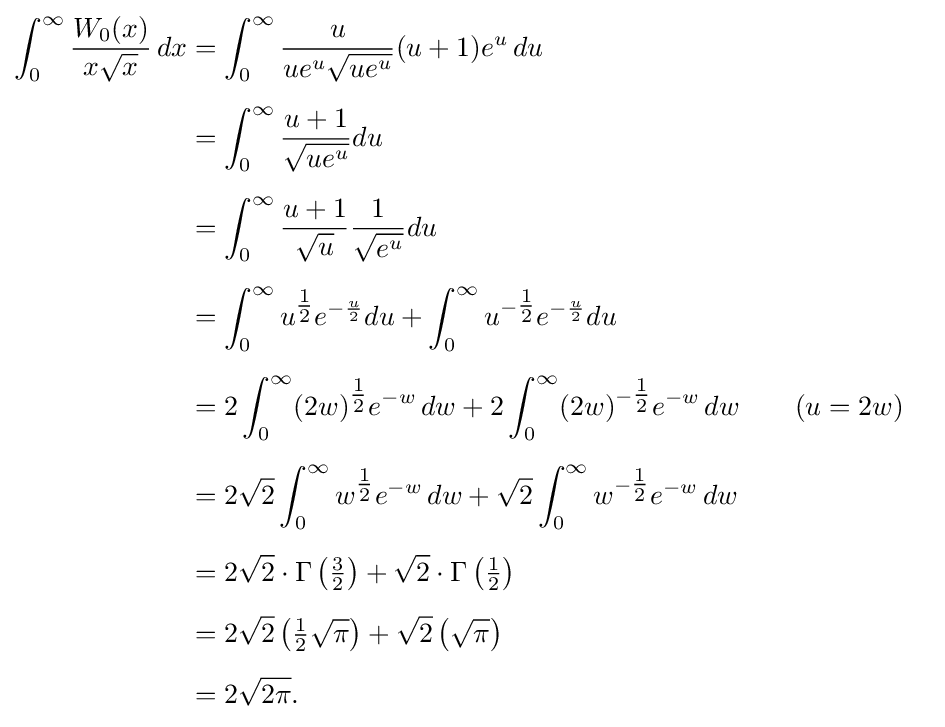
{\begin{aligned}\int _{0}^{\infty }{\frac {W_{0}(x)}{x{\sqrt {x}}}}\,dx&=\int _{0}^{\infty }{\frac {u}{ue^{u}{\sqrt {ue^{u}}}}}(u+1)e^{u}\,du\\[5pt]&=\int _{0}^{\infty }{\frac {u+1}{\sqrt {ue^{u}}}}du\\[5pt]&=\int _{0}^{\infty }{\frac {u+1}{\sqrt {u}}}{\frac {1}{\sqrt {e^{u}}}}du\\[5pt]&=\int _{0}^{\infty }u^{\tfrac {1}{2}}e^{-{\frac {u}{2}}}du+\int _{0}^{\infty }u^{-{\tfrac {1}{2}}}e^{-{\frac {u}{2}}}du\\[5pt]&=2\int _{0}^{\infty }(2w)^{\tfrac {1}{2}}e^{-w}\,dw+2\int _{0}^{\infty }(2w)^{-{\tfrac {1}{2}}}e^{-w}\,dw&&\quad (u=2w)\\[5pt]&=2{\sqrt {2}}\int _{0}^{\infty }w^{\tfrac {1}{2}}e^{-w}\,dw+{\sqrt {2}}\int _{0}^{\infty }w^{-{\tfrac {1}{2}}}e^{-w}\,dw\\[5pt]&=2{\sqrt {2}}\cdot \Gamma \left({\tfrac {3}{2}}\right)+{\sqrt {2}}\cdot \Gamma \left({\tfrac {1}{2}}\right)\\[5pt]&=2{\sqrt {2}}\left({\tfrac {1}{2}}{\sqrt {\pi }}\right)+{\sqrt {2}}\left({\sqrt {\pi }}\right)\\[5pt]&=2{\sqrt {2\pi }}.\end{aligned}}